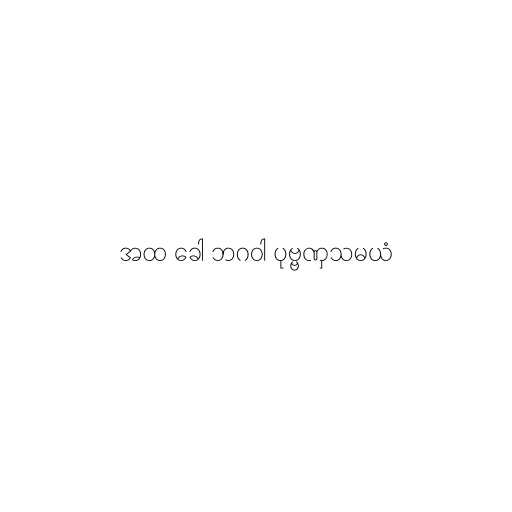
အထ ခေါ ဘဂဝါ ပုဗ္ဗဏှသမယံ